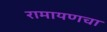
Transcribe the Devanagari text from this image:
रामायणचा